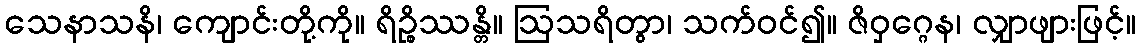
သေနာသနိ၊ ကျောင်းတို့ကို။ ရိဉ္စိဿန္တိ။ ဩသရိတွာ၊ သက်ဝင်၍။ ဇိဝှဂ္ဂေန၊ လျှာဖျားဖြင့်။